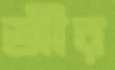
জীর